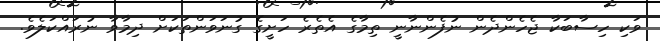
ވަކި ހިސާބަކާ ޖެހެންދެން ނުފެންނާނީ ތިމާގެ އެތެރެ ހަށީގެ ގުނަވަންތަކަށް ދިމާވާ ނުރައްކަލެވެ.